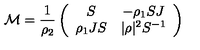
{ \cal { M } } = \frac { 1 } { \rho _ { 2 } } \left( \begin{array} { c c } { S } & { - \rho _ { 1 } S J } \\ { \rho _ { 1 } J S } & { | \rho | ^ { 2 } S ^ { - 1 } } \\ \end{array} \right)